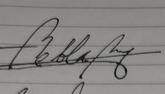
Signature authenticity: genuine